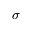
\sigma